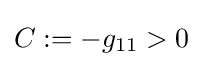
C:=-g_{11}>0